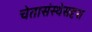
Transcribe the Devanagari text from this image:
चेतासंस्थेसदृश